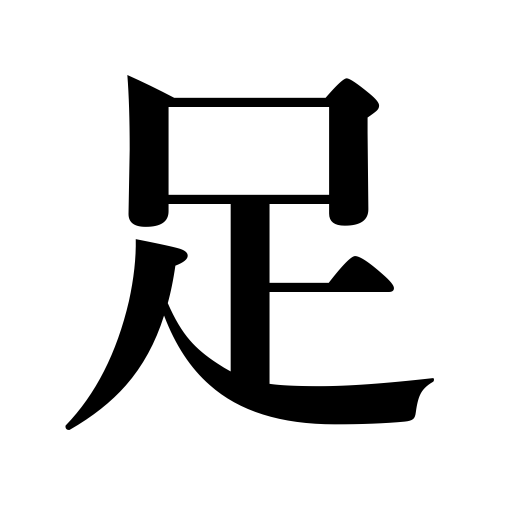
Meanings: leg,deserve,walk,footing,supply,flipper,money,supplement,foot,make good,be worth,arms,tentacles,counter for pairs of footwear,be satisfied,serve,make up for,add to,shortage,foot of a mountain,trace,speed,deficit,add up,suffice,step,qualify,will do for something,be sufficient,paw,answer,pace,draft of a ship